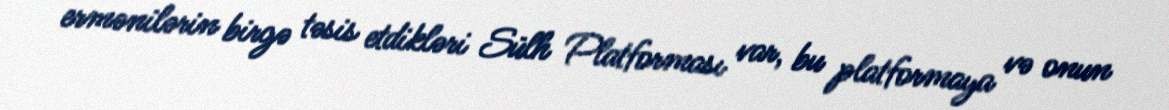
ermənilərin birgə təsis etdikləri Sülh Platforması var, bu platformaya və onun